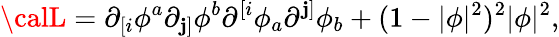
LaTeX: {\calL}=\partial_{[i}{\phi^{a}}\partial_{\mathbf{j}]}{\phi^{b}}\partial^{[i}{\phi_{a}}\partial^{\mathbf{j}]}{\phi_{b}}+(1-|\phi|^{2})^{2}|\phi|^{2},